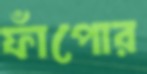
ফাঁপোর